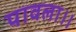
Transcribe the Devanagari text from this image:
पावला।।